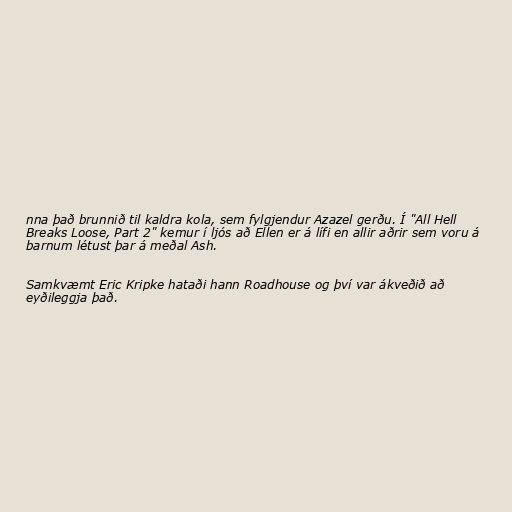
nna það brunnið til kaldra kola, sem fylgjendur Azazel gerðu. Í "All Hell
Breaks Loose, Part 2" kemur í ljós að Ellen er á lífi en allir aðrir sem voru á
barnum létust þar á meðal Ash.

Samkvæmt Eric Kripke hataði hann Roadhouse og því var ákveðið að
eyðileggja það.